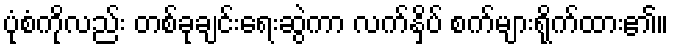
ပုံစံကိုလည်း တစ်ခုချင်းရေးဆွဲကာ လက်နှိပ် စက်များရိုက်ထား၏။